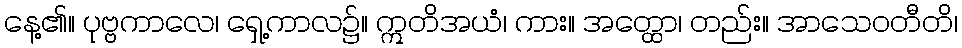
နေ့၏။ ပုဗ္ဗကာလေ၊ ရှေ့ကာလ၌။ ဣတိအယံ၊ ကား။ အတ္ထော၊ တည်း။ အာသေဝတီတိ၊